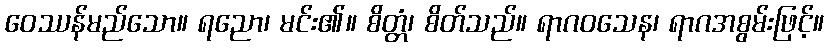
ဝေဿန်မည်သော။ ရညော၊ မင်း၏။ စိတ္တံ၊ စိတ်သည်။ ရာဂဝသေန၊ ရာဂအစွမ်းဖြင့်။